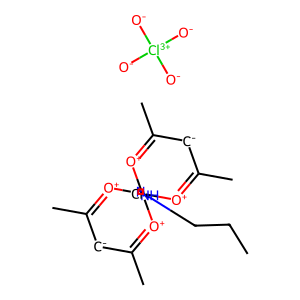
SMILES: CCCN1CCN[Cr]123([O+]=C(C)[CH-]C(C)=[O+]2)[O+]=C(C)[CH-]C(C)=[O+]3.[O-][Cl+3]([O-])([O-])[O-]
Inhibits HIV replication: No